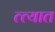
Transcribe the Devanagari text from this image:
त्त्यात